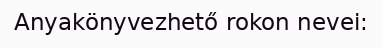
Anyakönyvezhető rokon nevei: